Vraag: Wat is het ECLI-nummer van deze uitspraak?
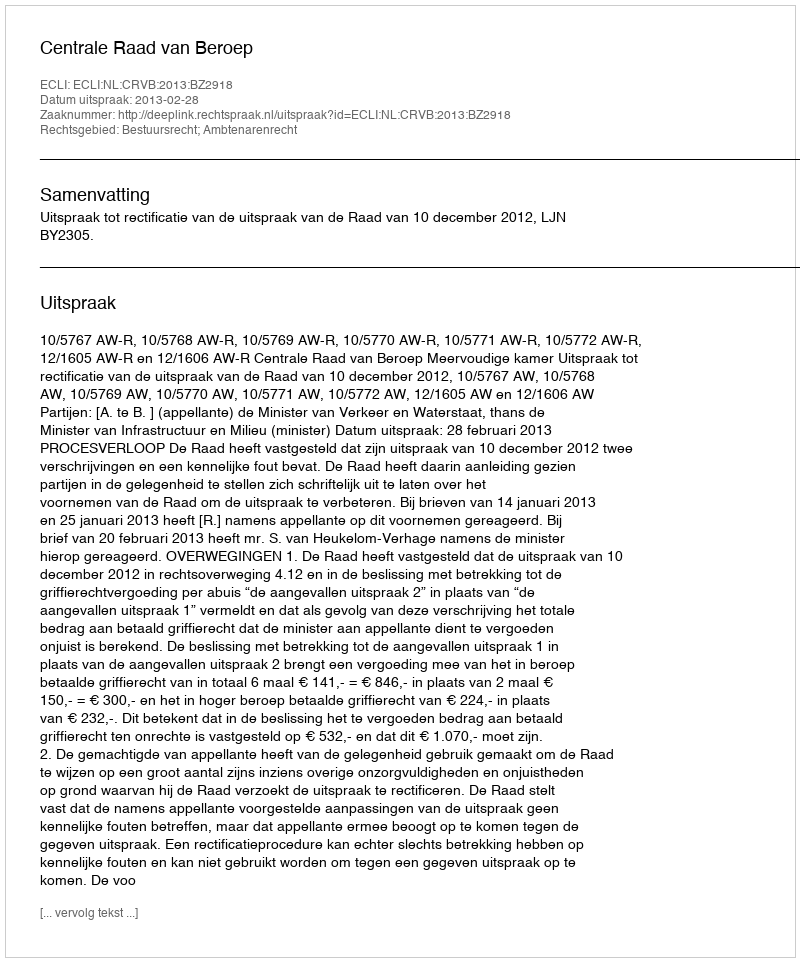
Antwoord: ECLI:NL:CRVB:2013:BZ2918